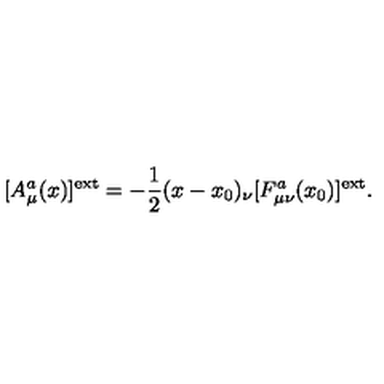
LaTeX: [ A _ { \mu } ^ { a } ( x ) ] ^ { \mathrm { e x t } } = - \frac { 1 } { 2 } ( x - x _ { 0 } ) _ { \nu } [ F _ { \mu \nu } ^ { a } ( x _ { 0 } ) ] ^ { \mathrm { e x t } } .